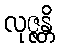
လုဇ္ဇန္တိ